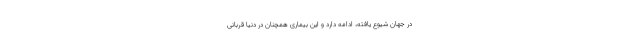
در جهان شیوع یافته، ادامه دارد و این بیماری همچنان در دنیا قربانی